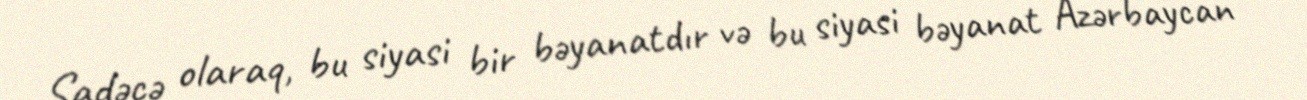
Sadəcə olaraq, bu siyasi bir bəyanatdır və bu siyasi bəyanat Azərbaycan